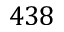
4 3 8